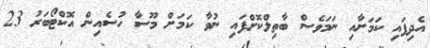
އެދިފައި ކަމަށާއި ނަމަވެސް ބާތިލްކޮށްފައި ނުވާ ކަމަށް މޫސާ ހުސެއިން އޮކްޓޯބަރު 23